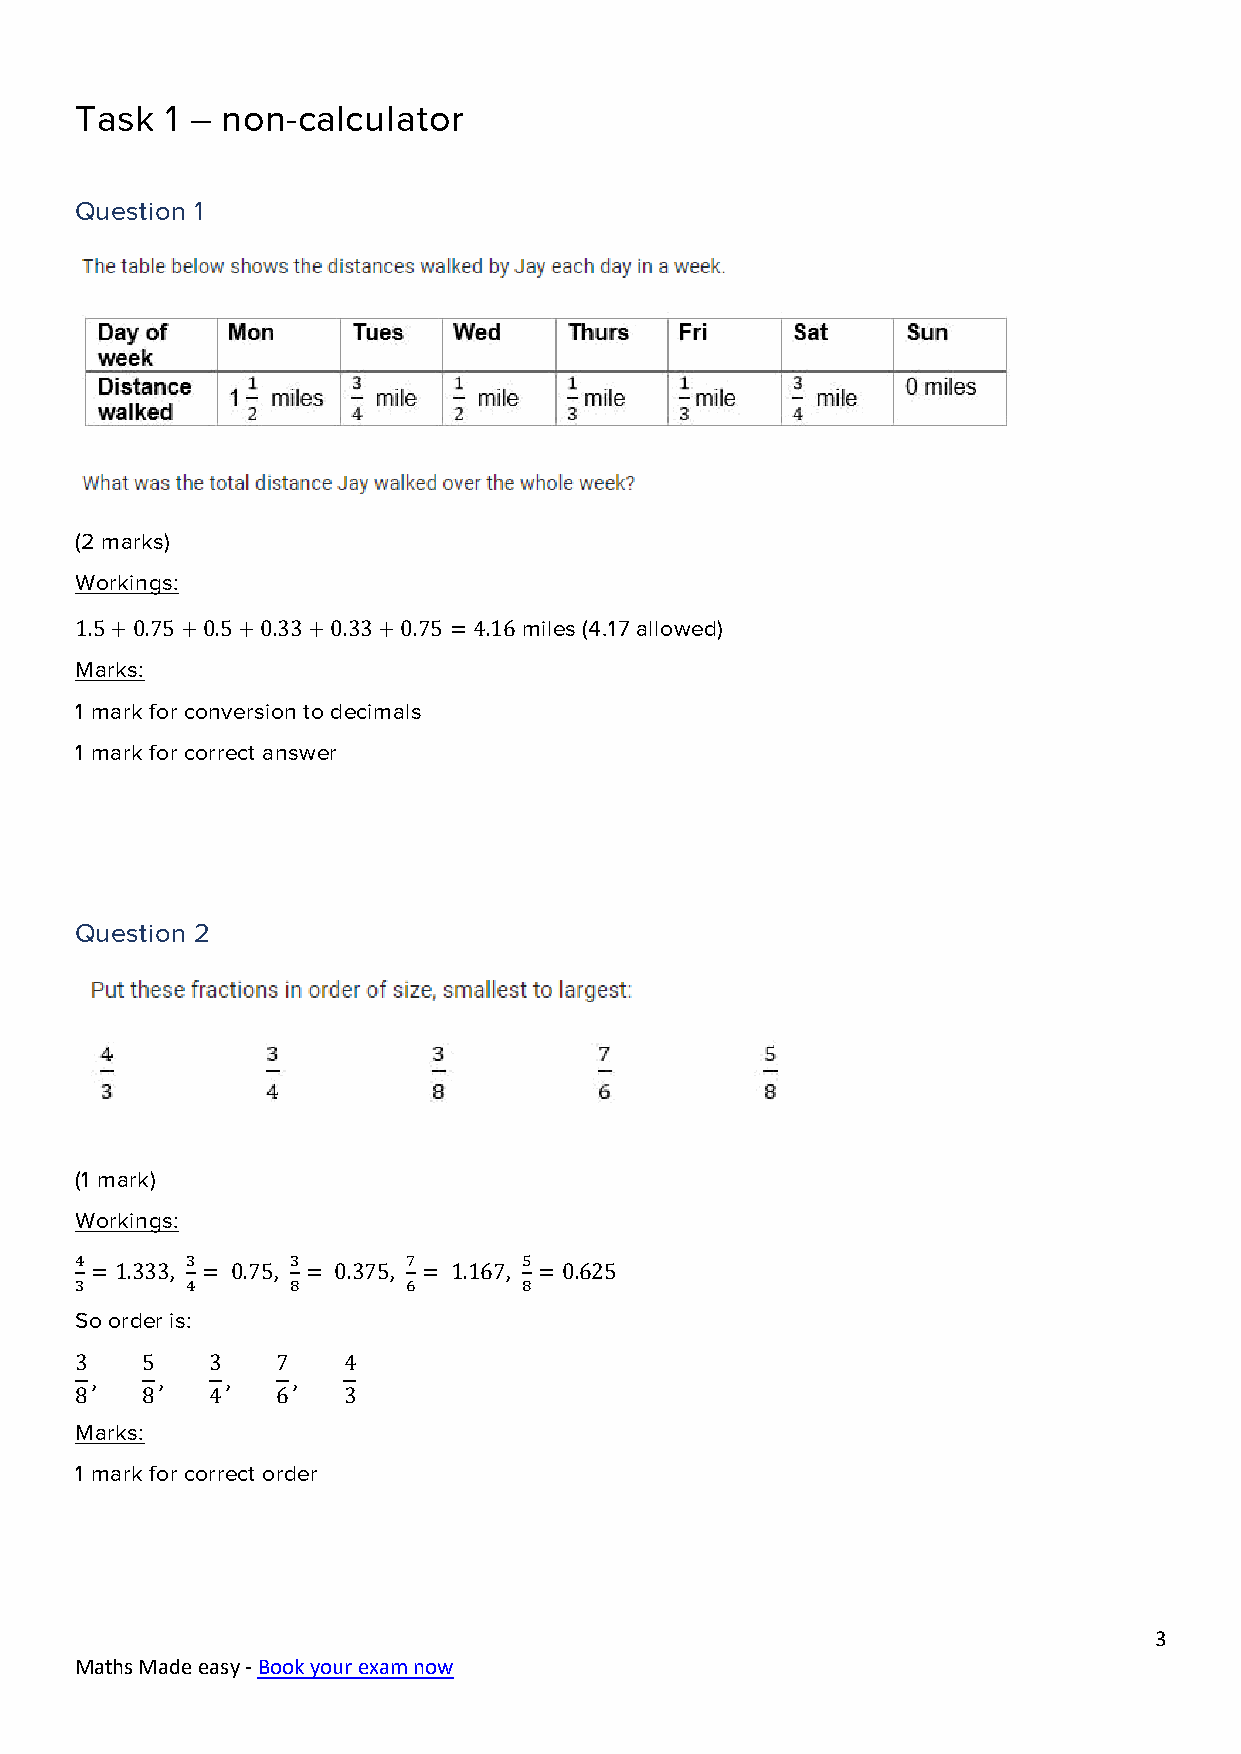
Task  1 – non-calculator
 Question 1
 (2 marks)
 Workings:
 1.5+0.75+0.5+0.33+0.33+0.75 =4.16 miles (4.17 allowed)
 Marks:
 1 mark for conversion to decimals
 1 mark for correct answer
 Question 2
 (1 mark)
 Workings:
 4      3      3       7       5
 = 1.333, = 0.75, = 0.375, = 1.167, =0.625
 3      4      8       6       8
 So order is:
 3   5    3   7    4
 ,    ,   ,   ,
 8   8    4   6    3
 Marks:
 1 mark for correct order
 3
 Maths Made easy - Book your exam now